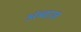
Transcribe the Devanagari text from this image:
अंब्वाज़